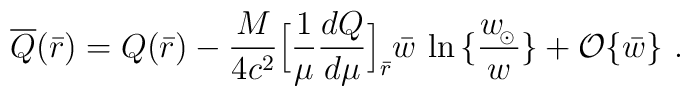
\overline Q(\bar r)=Q(\bar r)-{M\over 4c^2}\Big[{1\over\mu}{d Q\over d\mu}\Big]_{\bar r}\bar w\,\ln \big\{ {w_{\!_\odot} \over w} \big\} +{\cal O}\{\bar w\}\ .